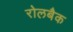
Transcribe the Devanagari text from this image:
रोलबैक